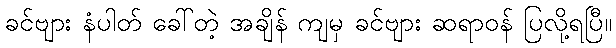
ခင်ဗျား နံပါတ် ခေါ်တဲ့ အချိန် ကျမှ ခင်ဗျား ဆရာဝန် ပြလို့ရပြီ။